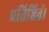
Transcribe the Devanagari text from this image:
प्रतिष्ठितं।